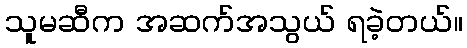
သူမဆီက အဆက်အသွယ် ရခဲ့တယ်။